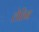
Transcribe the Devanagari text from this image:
लेतिन